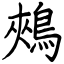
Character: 鵊